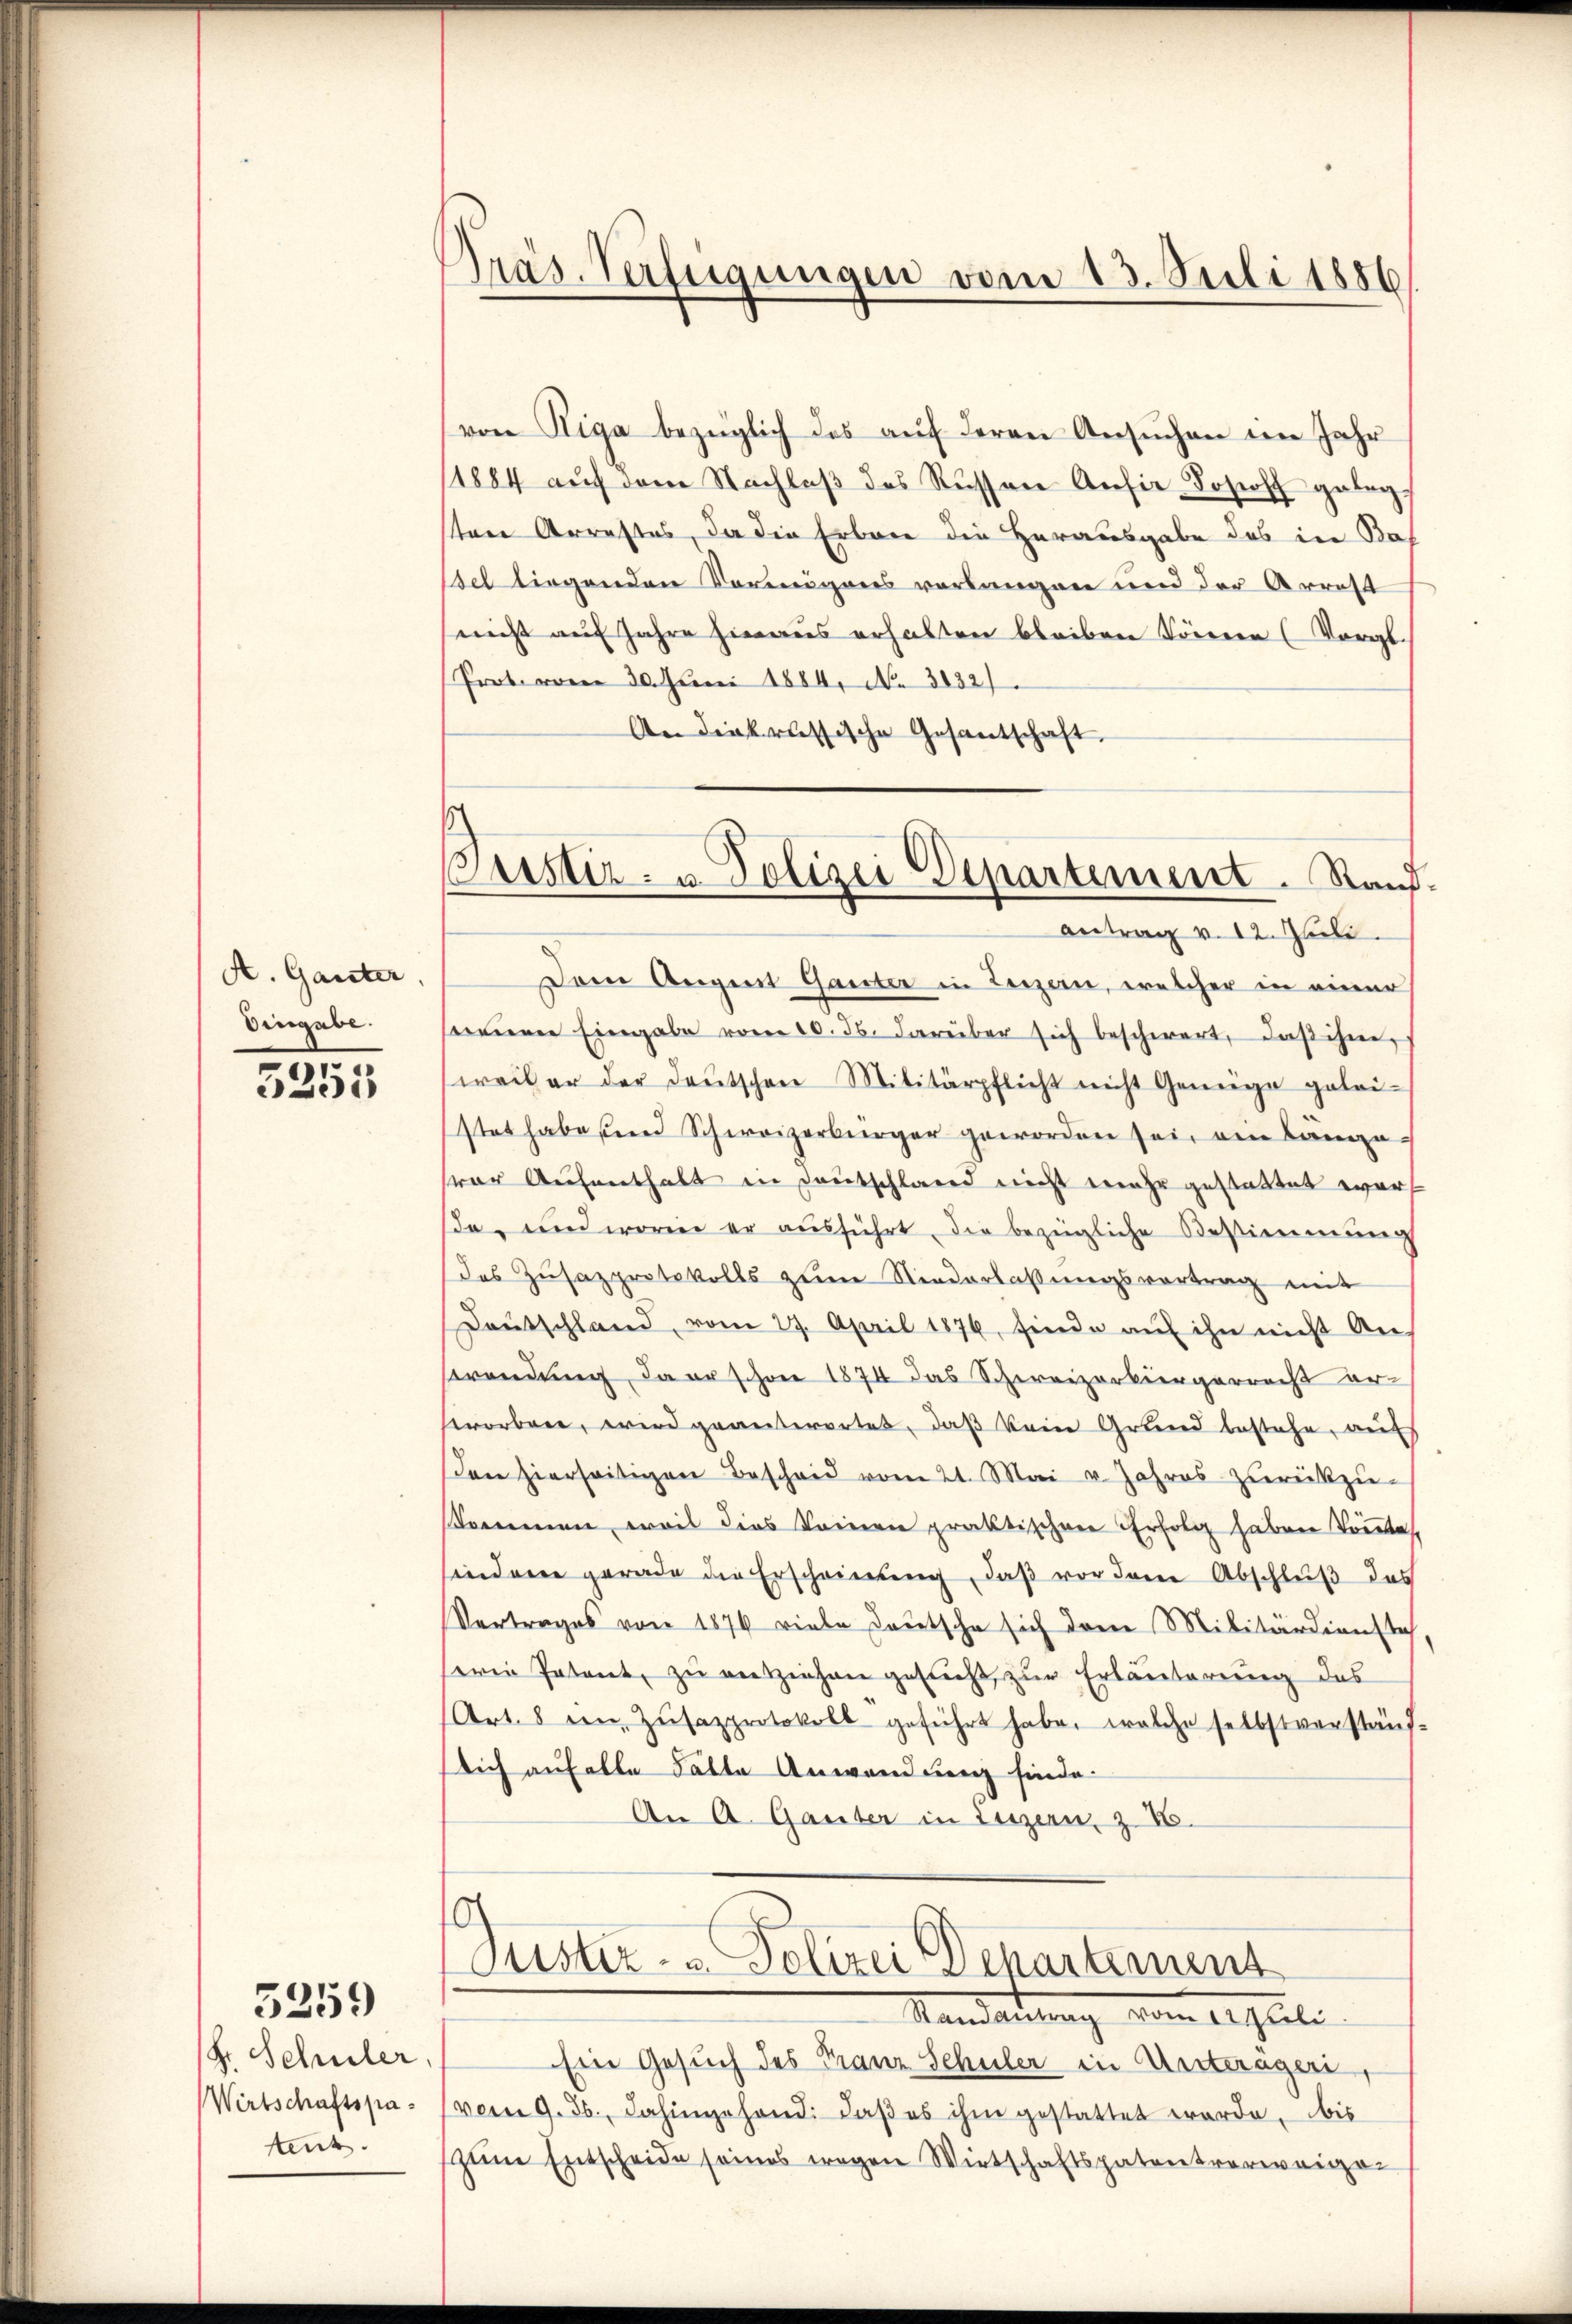
A. Ganter,
Eingabe.

5353

Fr. Schuler,
Wirtschaftspatenz.

5259

Präs. Verfügungen vom 13. Juli 1886

von Riga bezüglich des aŭf deren Ansŭchen im Jahr
(1884 aŭf dem Nachlaβ des Rüssen Ansie-Josef gelegtere Arrestes, da die Erbare die Herausgabe des in Ba
Bel liegenden Vermögens verlangen und der Arrest
nicht auf Jahre hieraus erhalten bleiben Sonnen (Vergl.
Prot. vom 30. Juni 1884, No 3132)
An diekrussische Gesantschaft
Antrag v. 12. Juli
Dem Angert Ganter in Luzern, welcher in einer
serieren Eingabe vom 20. ds. darüber sich beschwert, daß ihne
weil er der Deutschen Militärpflicht nicht Genüge gelei-
stet habe send Schweizerbürger geworden sei, von Länge-
hrer Aufenthalt in Deutschland nicht mehr gestattet worda, und worin er aŭsführt, die bezügliche Bestimmung
Das Zusazprotokolls zum Niederlassungsvortrag mit
Deutschland, vom 29. April 1876, finde aŭf ihn nicht An-
Brandung, da er schon 1874 das Schweizerbürgerrecht er-
storbene, wird geantwortet, daß kein Grund bestehe, auf
den hierseitigen Bescheid vom 21. Mai v. Jahres zurückzu-
Kommen, weil dies keinen praktischen Erfolg haben könnte
senderen gerade die Erscheinung, daß vor dem Abschluß des
Vertrages von 1876 viele Deutsche sich dem Militärdiensta
serie Patent, zu entziehen gesucht, zur Erläuterung des
Art. 8 ein Zŭsazprotokoll geführt habe, welche selbstverstauf-
lich anfalle Fälle Anwendung finde.
An A. Ganter in Luzern, z. B.
Suster- u Polizei Departement
Mandauung vom Asiati
Ein Gesuch des Franz Schüler in Unteragen,
(vom 9. Js. dahingehand. daβ es ihm gestattet werde, bis
zum Entscheide seines wegen Wirtschaftspatentverweige¬

ustiz- u. Polizei Departement. Stand.